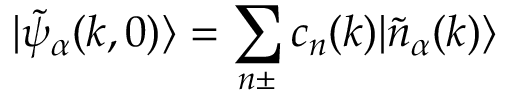
| \widetilde { \psi } _ { \alpha } ( k , 0 ) \rangle = \sum _ { n \pm } c _ { n } ( k ) | \widetilde { n } _ { \alpha } ( k ) \rangle